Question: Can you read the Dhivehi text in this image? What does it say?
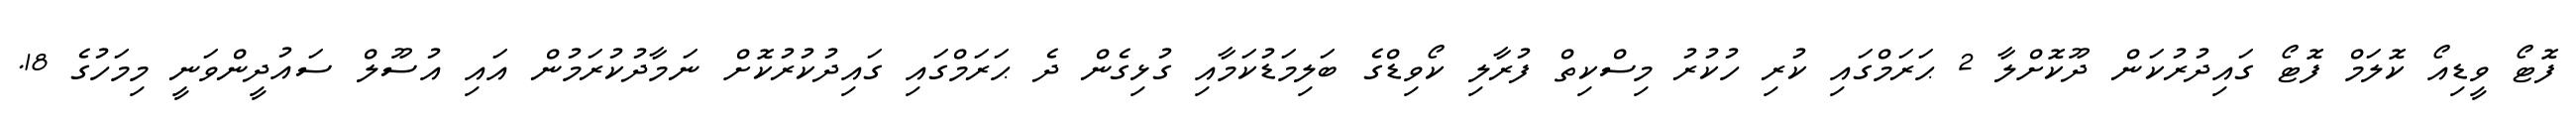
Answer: ފޮޓޯ ވީޑިއޯ ކޮލަމް ފޮޓޯ ގައިދުރުކަން ދޫކޮށްލާ 2 ޙަރަމްގައި ކުރި ހުކުރު މިސްކިތް ފުރާލި ކޯވިޑްގެ ބަލިމަޑުކަމާއި ގުޅިގެން ދެ ޙަރަމްގައި ގައިދުކުރުކޮށް ނަމާދުކުރަމުން އައި އުސޫލް ސައުދީންވަނީ މިމަހުގެ 18.